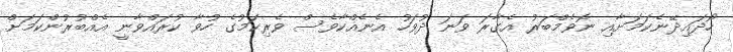
ހޯދައިދޭނެކަމަށާއި ނޮވެމްބަރު އެގާރަ ވަނަ ދުވަހު އެނެއްކާވެސް ވެރިކަމުގެ ހުވާ ކުރައްވާނީ އެއްބުރުންކަމަށް